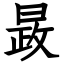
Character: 晸